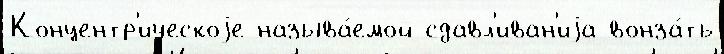
Концентр'ическоjе называ́емой сдавл'иван'иjа вонза́ть